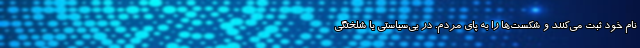
نام خود ثبت می‌کنند و شکست‌ها را به پای مردم. در بی‌سیاستی یا شلختگی